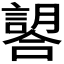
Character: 𧫈